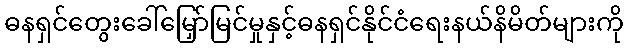
ဓနရှင်တွေးခေါ်မြှော်မြင်မှုနှင့်ဓနရှင်နိုင်ငံရေးနယ်နိမိတ်များကို